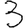
Digit: 3